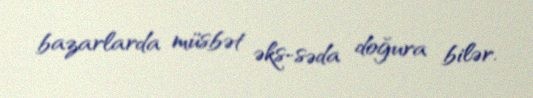
bazarlarda müsbət əks-səda doğura bilər.